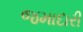
જમાદારી